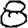
Digit: 8